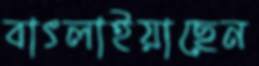
বাৎলাইয়াছেন